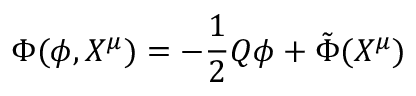
\Phi ( \phi , X ^ { \mu } ) = - \frac { 1 } { 2 } Q \phi + { \tilde { \Phi } } ( X ^ { \mu } )